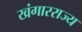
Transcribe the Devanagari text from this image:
खंगारराज्य